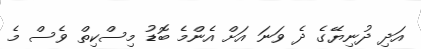
އަދި ދުނިޔޭގެ ދެ ވަނަ އަށް އެންމެ ބޮޑު މިސްކިތް ވެސް މެ